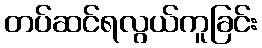
တပ်ဆင်ရလွယ်ကူခြင်း